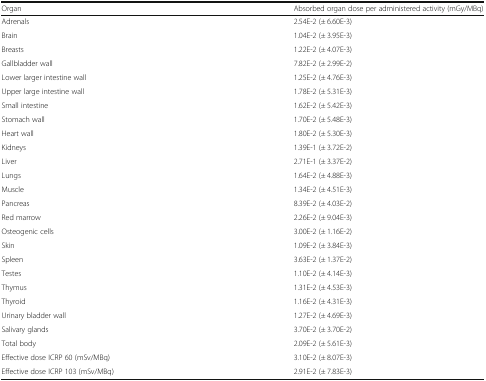
| Organ | Absorbed organ dose per administered activity (mGy/MBq) |
 | --- | --- |
 | Adrenals | 2.54E-2 (± 6.60E-3) |
 | Brain | 1.04E-2 (± 3.95E-3) |
 | Breasts | 1.22E-2 (± 4.07E-3) |
 | Gallbladder wall | 7.82E-2 (± 2.99E-2) |
 | Lower larger intestine wall | 1.25E-2 (± 4.76E-3) |
 | Upper large intestine wall | 1.78E-2 (± 5.31E-3) |
 | Small intestine | 1.62E-2 (± 5.42E-3) |
 | Stomach wall | 1.70E-2 (± 5.48E-3) |
 | Heart wall | 1.80E-2 (± 5.30E-3) |
 | Kidneys | 1.39E-1 (± 3.72E-2) |
 | Liver | 2.71E-1 (± 3.37E-2) |
 | Lungs | 1.64E-2 (± 4.88E-3) |
 | Muscle | 1.34E-2 (± 4.51E-3) |
 | Pancreas | 8.39E-2 (± 4.03E-2) |
 | Red marrow | 2.26E-2 (± 9.04E-3) |
 | Osteogenic cells | 3.00E-2 (± 1.16E-2) |
 | Skin | 1.09E-2 (± 3.84E-3) |
 | Spleen | 3.63E-2 (± 1.37E-2) |
 | Testes | 1.10E-2 (± 4.14E-3) |
 | Thymus | 1.31E-2 (± 4.53E-3) |
 | Thyroid | 1.16E-2 (± 4.31E-3) |
 | Urinary bladder wall | 1.27E-2 (± 4.69E-3) |
 | Salivary glands | 3.70E-2 (± 3.70E-2) |
 | Total body | 2.09E-2 (± 5.61E-3) |
 | Effective dose ICRP 60 (mSv/MBq) | 3.10E-2 (± 8.07E-3) |
 | Effective dose ICRP 103 (mSv/MBq) | 2.91E-2 (± 7.83E-3) |